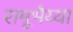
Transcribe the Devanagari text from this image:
रामूभैय्या